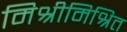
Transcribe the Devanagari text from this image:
मिश्रीमिश्रित